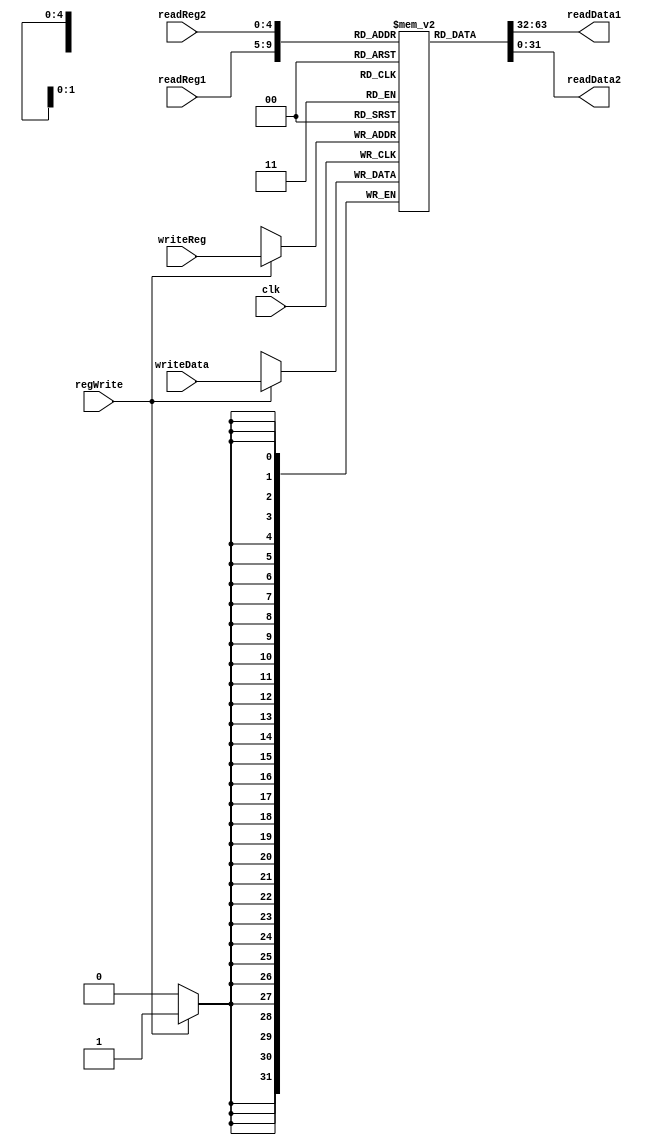
////////////////////////////////////////////////////////////////////////////////
// Company:		UMBC
//
// Module Name: registers
// Description:
////////////////////////////////////////////////////////////////////////////////
module registers( readReg1, readReg2, writeReg, writeData, readData1, readData2, regWrite, clk);

	
	parameter SIZE = 32;

	reg [(SIZE-1):0] REGISTERS[31:0];

	// registers to read on negative edge
	input [25:21] readReg1;
	input [20:16] readReg2;

	// register to write to on positive edge
	input [4:0] writeReg;
	input [(SIZE-1):0] writeData; // sizes wrong. idea good.

	// write control signal
	input regWrite;
	input clk;

	// register outputs
	output reg [(SIZE-1):0] readData1, readData2;


	// read registers on negative edge of current clock
	always @ * begin
		readData1 <= REGISTERS[readReg1];
		readData2 <= REGISTERS[readReg2];
	end

	// write back on positive edge of next clock
	always @ (posedge clk) begin

	if (regWrite)
		begin
			REGISTERS[writeReg] <= writeData;
		end
	end
	
initial begin
	REGISTERS[0] = 0;
	REGISTERS[1] = 0;
	REGISTERS[2] = 0;
	REGISTERS[3] = 0;
	REGISTERS[4] = 0;
	REGISTERS[5] = 0;
	REGISTERS[6] = 0;
	REGISTERS[7] = 0;
	REGISTERS[8] = 0;
	REGISTERS[9] = 0;
	REGISTERS[10] = 0;
	REGISTERS[11] = 0;
	REGISTERS[12] = 0;
	REGISTERS[13] = 0;
	REGISTERS[14] = 0;
	REGISTERS[15] = 0;
	REGISTERS[16] = 0;
	REGISTERS[17] = 0;
	REGISTERS[18] = 0;
	REGISTERS[19] = 0;
	REGISTERS[20] = 0;
	REGISTERS[21] = 0;
	REGISTERS[22] = 0;
	REGISTERS[23] = 0;
	REGISTERS[24] = 0;
	REGISTERS[25] = 0;
	REGISTERS[26] = 0;
	REGISTERS[27] = 0;
	REGISTERS[28] = 0;
	REGISTERS[29] = 0;
	REGISTERS[30] = 0;
	REGISTERS[31] = 0;
end

endmodule